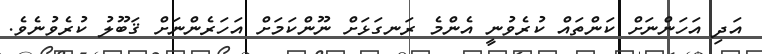
އަދި އަހަންނަށް ކަންތައް ކުރެވުނީ އެންމެ ރަނގަޅަށް ނޫންކަމަށް އަހަރެންނަށް ޤަބޫލު ކުރެވުނެވެ.